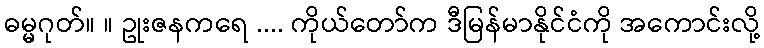
ဓမ္မဂုတ်။ ။ ဥုးဇနကရေ .... ကိုယ်တော်က ဒီမြန်မာနိုင်ငံကို အကောင်းလို့